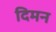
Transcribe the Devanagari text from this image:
दिमन